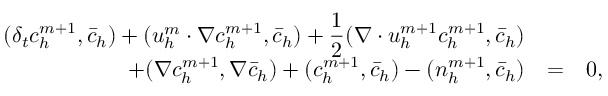
\begin{array} { r c l } { \displaystyle ( \delta _ { t } c _ { h } ^ { m + 1 } , \bar { c } _ { h } ) + ( { \boldsymbol u } _ { h } ^ { m } \cdot \nabla c _ { h } ^ { m + 1 } , \bar { c } _ { h } ) + \frac { 1 } { 2 } ( \nabla \cdot { \boldsymbol u } _ { h } ^ { m + 1 } c _ { h } ^ { m + 1 } , \bar { c } _ { h } ) } & & \\ { + ( \nabla c _ { h } ^ { m + 1 } , \nabla \bar { c } _ { h } ) + ( c _ { h } ^ { m + 1 } , \bar { c } _ { h } ) - ( n _ { h } ^ { m + 1 } , \bar { c } _ { h } ) } & { = } & { 0 , } \end{array}